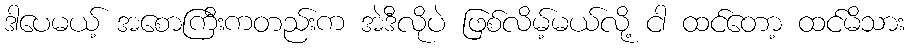
ဒါပေမယ့် အစောကြီးကတည်းက အဲဒီလိုပဲ ဖြစ်လိမ့်မယ်လို့ ငါ ထင်တော့ ထင်မိသား